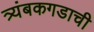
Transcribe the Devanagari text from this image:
त्र्यंबकगडाची